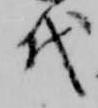
代